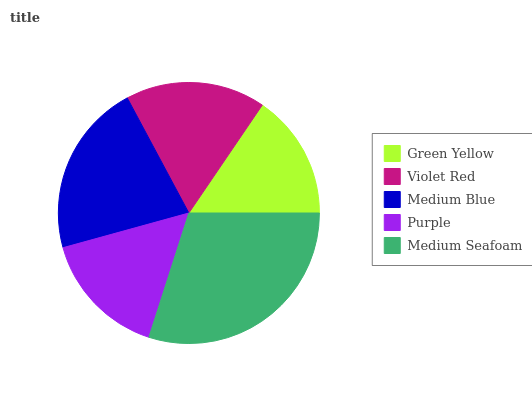
| Green Yellow | Violet Red | Medium Blue | Purple | Medium Seafoam |
 | --- | --- | --- | --- | --- |
 | 15.5% | 17.3% | 21.5% | 15.8% | 29.9% |